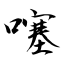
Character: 噻